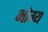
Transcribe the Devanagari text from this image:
भोग्‍य